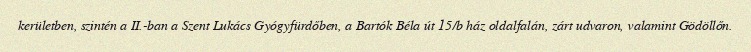
kerületben, szintén a II.-ban a Szent Lukács Gyógyfürdőben, a Bartók Béla út 15/b ház oldalfalán, zárt udvaron, valamint Gödöllőn.